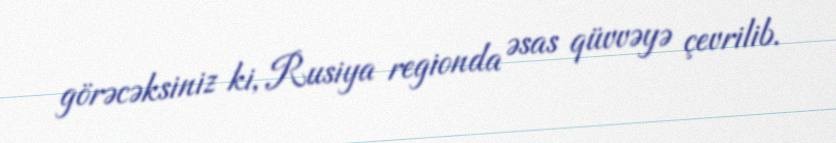
görəcəksiniz ki, Rusiya regionda əsas qüvvəyə çevrilib.